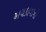
અચકાવાનો